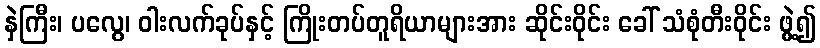
နှဲကြီး၊ ပလွေ၊ ဝါးလက်ခုပ်နှင့် ကြိုးတပ်တူရိယာများအား ဆိုင်းဝိုင်း ခေါ် သံစုံတီးဝိုင်း ဖွဲ့၍